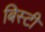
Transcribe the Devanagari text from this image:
बिस्टी